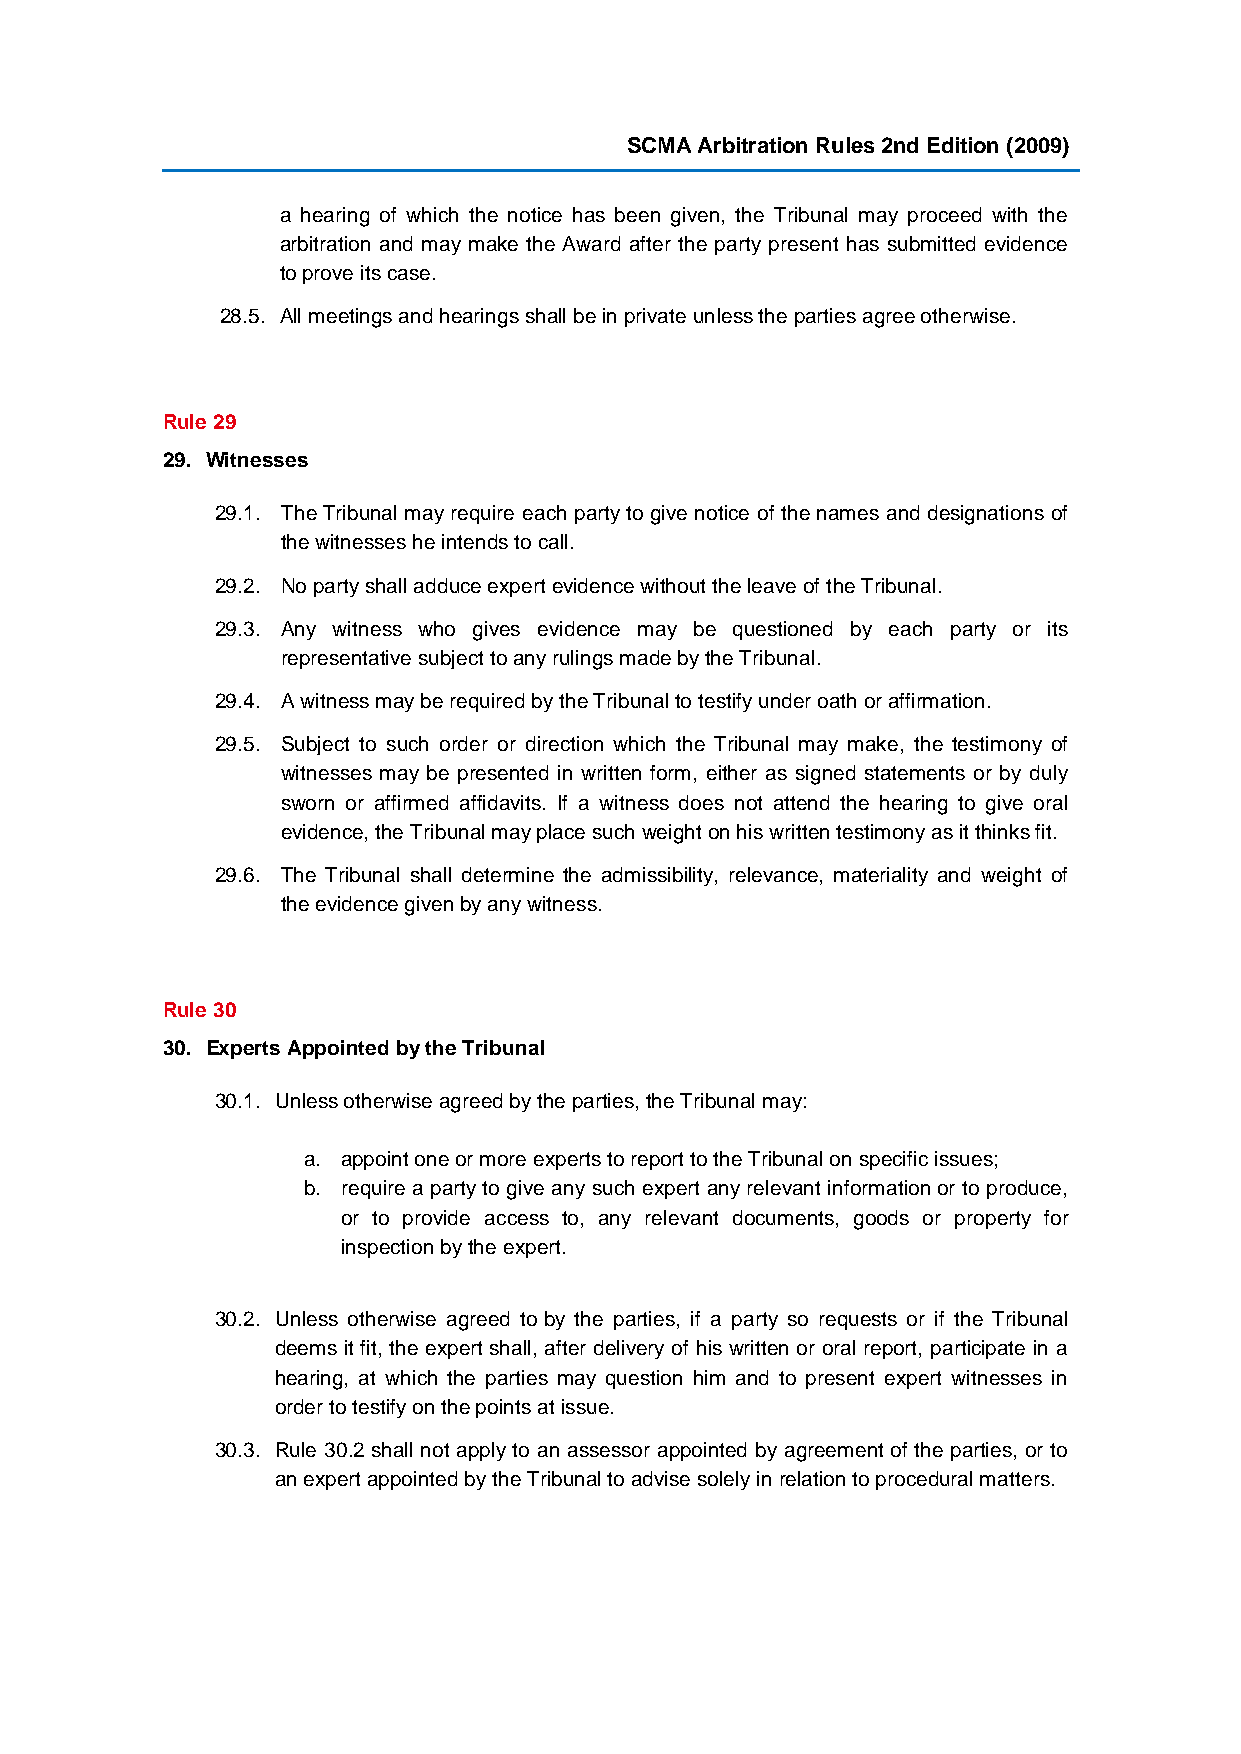
SCMA Arbitration Rules 2nd Edition (2009)
 a hearing of which the notice has been given, the Tribunal may proceed with the
 arbitration and may make the Award after the party present has submitted evidence
 to prove its case.
 28.5. All meetings and hearings shall be in private unless the parties agree otherwise.
 Rule 29
 29. Witnesses
 29.1. The Tribunal may require each party to give notice of the names and designations of
 the witnesses he intends to call.
 29.2. No party shall adduce expert evidence without the leave of the Tribunal.
 29.3. Any witness who gives evidence may be questioned by each party or its
 representative subject to any rulings made by the Tribunal.
 29.4. A witness may be required by the Tribunal to testify under oath or affirmation.
 29.5. Subject to such order or direction which the Tribunal may make, the testimony of
 witnesses may be presented in written form, either as signed statements or by duly
 sworn or affirmed affidavits. If a witness does not attend the hearing to give oral
 evidence, the Tribunal may place such weight on his written testimony as it thinks fit.
 29.6. The Tribunal shall determine the admissibility, relevance, materiality and weight of
 the evidence given by any witness.
 Rule 30
 30. Experts Appointed by the Tribunal
 30.1. Unless otherwise agreed by the parties, the Tribunal may:
 a. appoint one or more experts to report to the Tribunal on specific issues;
 b. require a party to give any such expert any relevant information or to produce,
 or to provide access to, any relevant documents, goods or property for
 inspection by the expert.
 30.2. Unless otherwise agreed to by the parties, if a party so requests or if the Tribunal
 deems it fit, the expert shall, after delivery of his written or oral report, participate in a
 hearing, at which the parties may question him and to present expert witnesses in
 order to testify on the points at issue.
 30.3. Rule 30.2 shall not apply to an assessor appointed by agreement of the parties, or to
 an expert appointed by the Tribunal to advise solely in relation to procedural matters.